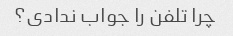
چرا تلفن را جواب ندادی؟